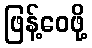
ဖြန့်ဝေဖို့